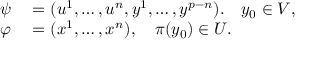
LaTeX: \begin{array} { r l } { \psi } & { { } = ( u ^ { 1 } , \dots , u ^ { n } , y ^ { 1 } , \dots , y ^ { p - n } ) . \quad y _ { 0 } \in V , } \\ { \varphi } & { { } = ( x ^ { 1 } , \dots , x ^ { n } ) , \quad \pi ( y _ { 0 } ) \in U . } \end{array}